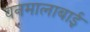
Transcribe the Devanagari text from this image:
वनमालाबाई